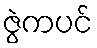
ဇွဲကပင်